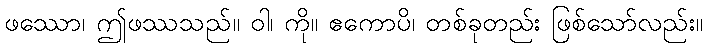
ဖဿော၊ ဤဖဿသည်။ ဝါ၊ ကို။ ဧကောပိ၊ တစ်ခုတည်း ဖြစ်သော်လည်း။